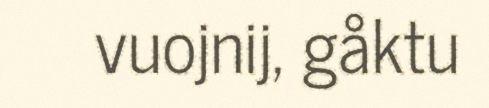
vuojnij, gåktu